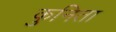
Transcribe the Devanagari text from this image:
कुनिता